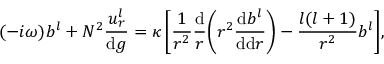
( - i \omega ) b ^ { l } + N ^ { 2 } \frac { u _ { r } ^ { l } } { \mathrm { d } g } = \kappa \, \Bigg [ \frac { 1 } { r ^ { 2 } } \frac { \mathrm { d } } { r } \bigg ( r ^ { 2 } \frac { \mathrm { d } b ^ { l } } { \mathrm { d } \mathrm { d } r } \bigg ) - \frac { l ( l + 1 ) } { r ^ { 2 } } b ^ { l } \Bigg ] ,